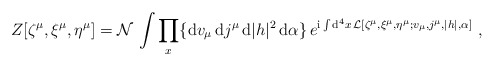
\begin{align*}Z[\zeta^{\mu}, \xi^{\mu}, \eta^{\mu}] = {\cal N} \, \int \prod_x \{ {\rm d}v_{\mu} \, {\rm d}j^{\mu} \, {\rm d}|h|^2 \, {\rm d}\alpha \} \, e^{{\rm i} \int {\rm d}^4 x \, {\cal L}[\zeta^{\mu}, \xi^{\mu}, \eta^{\mu}; v_{\mu},j^{\mu},|h|,\alpha]} \ ,\end{align*}